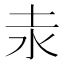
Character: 𡉺